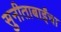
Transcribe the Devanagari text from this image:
सुनीताबाईंचा